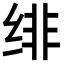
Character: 绯